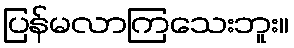
ပြန်မလာကြသေးဘူး။